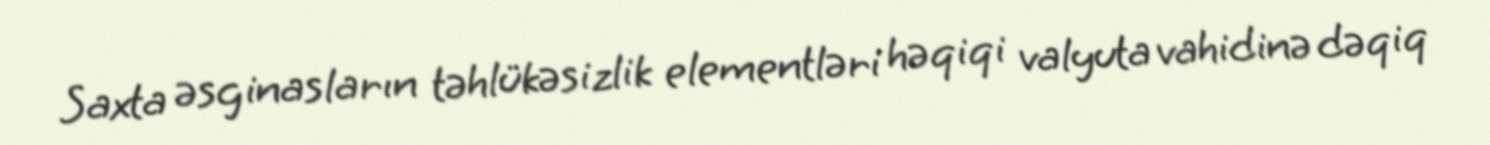
Saxta əsginasların təhlükəsizlik elementləri həqiqi valyuta vahidinə dəqiq